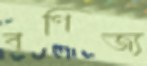
বণিজ্য